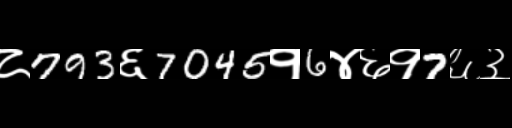
Text: ८793६7045१6४६१7६३